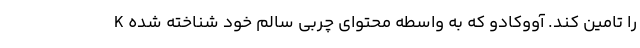
K را تامین کند. آووکادو که به واسطه محتوای چربی سالم خود شناخته شده